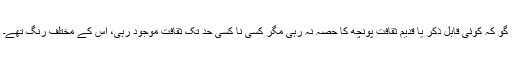
گو کہ کوئی قابل ذکر یا قدیم ثقافت پونچھ کا حصہ نہ رہی مگر کسی نا کسی حد تک ثقافت موجود رہی، اس کے مختلف رنگ تھے۔